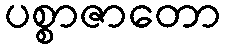
ပစ္စာဇာတော